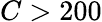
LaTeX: C>200